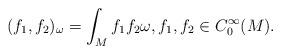
LaTeX: \begin{align*}(f_1,f_2)_\omega = \int_M f_1 f_2 \omega, f_1,f_2 \in C^\infty_0(M).\end{align*}